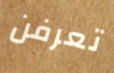
تعرفن